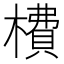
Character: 𣙿